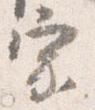
宗